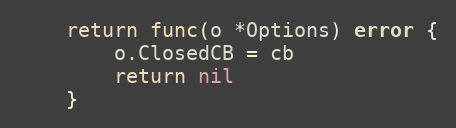
Language: Go
	return func(o *Options) error {
		o.ClosedCB = cb
		return nil
	}